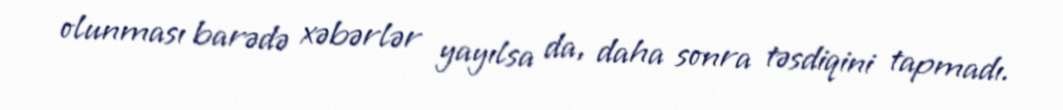
olunması barədə xəbərlər yayılsa da, daha sonra təsdiqini tapmadı.